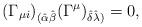
LaTeX: \begin{align*}(\Gamma_{\mu i})_{(\hat\alpha\hat\beta}(\Gamma^\mu)_{\hat\delta\hat\lambda)}=0,\end{align*}